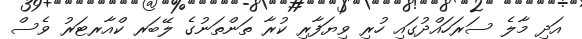
އަދި މާލެ ސަރަހައްދުގައި ހުރި ވިޔަފާރި ކުރާ ތަންތަނުގެ ލޭބަރ ކްއާރޓަރު ވެސް